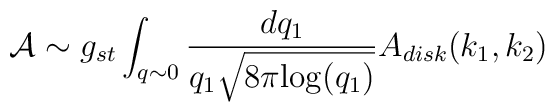
{\cal A}\sim g_{st}\int_{q\sim 0}\frac{dq_{1}}{q_{1}\sqrt{8\pi {\rm log}(q_{1})}}A_{disk}(k_{1},k_{2})